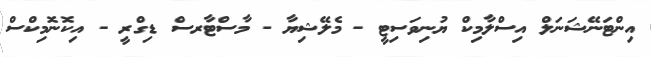
އިންޓަނޭޝަނަލް އިސްލާމިކް ޔުނިވަސިޓީ - މެލޭޝިޔާ - މާސްޓާރސް ޑިގްރީ - އިކޮނޮމިކްސް